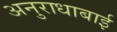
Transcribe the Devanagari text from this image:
अनुराधाबाई